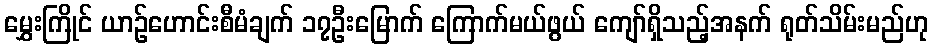
မွှေးကြိုင် ယာဉ်ဟောင်းစီမံချက် ၁၇ဦးမြောက် ကြောက်မယ်ဖွယ် ကျော်ရှိသည့်အနက် ရုတ်သိမ်းမည်ဟု